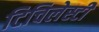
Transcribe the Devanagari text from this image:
टिचिलेस्टी